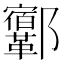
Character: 𨟨